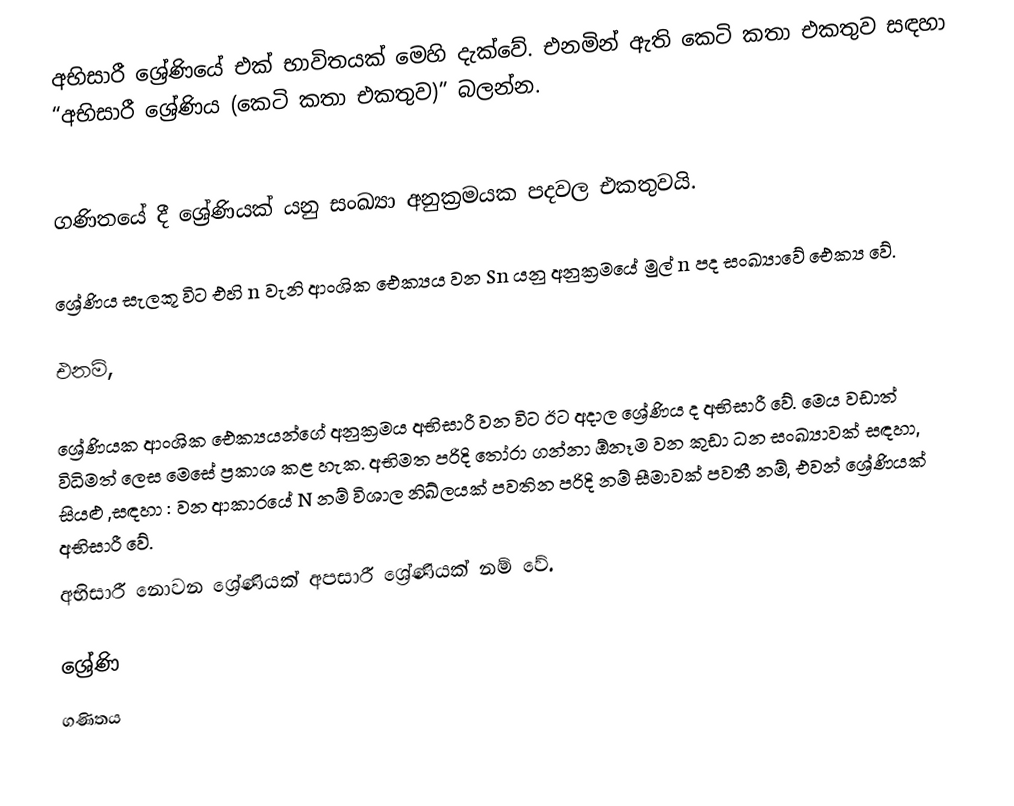
අභිසාරී ශ්‍රේණියේ එක් භාවිතයක් මෙහි දැක්වේ. එනමින් ඇති කෙටි කතා එකතුව සඳහා “අභිසාරී ශ්‍රේණිය (කෙටි කතා එකතුව)” බලන්න.
‍

ගණිතයේ දී ශ්‍රේණියක් යනු සංඛ්‍යා අනුක්‍රමයක පදවල එකතුවයි.

 ශ්‍රේණිය සැලකූ විට එහි n වැනි ආංශික ඓක්‍යය වන Sn යනු අනුක්‍රමයේ මුල් n පද සංඛ්‍යාවේ ඓක්‍ය වේ.

එනම්,

ශ්‍රේණියක ආංශික ඓක්‍යයන්ගේ අනුක්‍රමය අභිසාරී වන විට ඊට අදාල ශ්‍රේණිය ද අභිසාරී වේ. මෙය වඩාත් විධිමත් ලෙස මෙසේ ප්‍රකාශ කළ හැක. අභිමත පරිදි තෝරා  ගන්නා ඕනෑම  වන කුඩා ධන සංඛ්‍යාවක් සඳහා, සියළු ,සඳහා : වන ආකාරයේ N නම් විශාල නිඛ්ලයක් පවතින පරිදි    නම් සීමාවක් පවතී නම්, එවන් ශ්‍රේණියක් අභිසාරී වේ.
අභිසාරී නොවන ශ්‍රේණියක් අපසාරී ශ්‍රේණියක් නම් වේ.

ශ්‍රේණි
ගණිතය